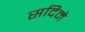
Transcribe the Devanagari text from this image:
सदिमे